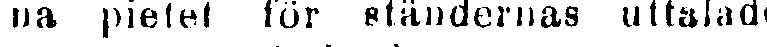
na pietet för ständernas uttalade